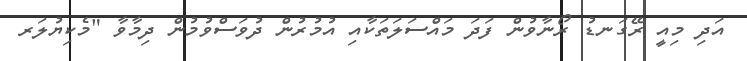
އަދި މިއީ ރޭގަނޑު ރޯނާވުން ފަދަ މައްސަލަތަކާއި އުމުރުން ދުވަސްވުމުން ދިމާވާ "މެކިޔުލަރ